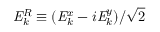
\mathit { { E } } _ { k } ^ { R } \equiv ( \mathit { { E } } _ { k } ^ { x } - i \mathit { { E } } _ { k } ^ { y } ) / \sqrt { 2 }